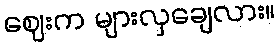
ဈေးက များလှချေလား။